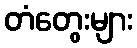
တံတွေးများ